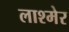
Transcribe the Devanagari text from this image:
लाश्मेर